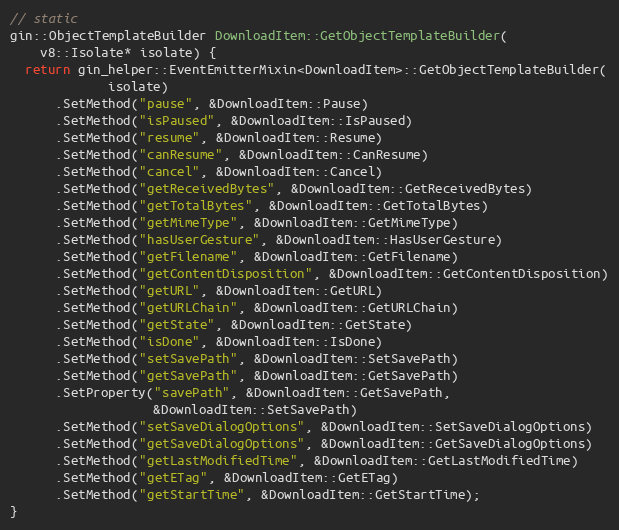
Language: C++
// static
gin::ObjectTemplateBuilder DownloadItem::GetObjectTemplateBuilder(
    v8::Isolate* isolate) {
  return gin_helper::EventEmitterMixin<DownloadItem>::GetObjectTemplateBuilder(
             isolate)
      .SetMethod("pause", &DownloadItem::Pause)
      .SetMethod("isPaused", &DownloadItem::IsPaused)
      .SetMethod("resume", &DownloadItem::Resume)
      .SetMethod("canResume", &DownloadItem::CanResume)
      .SetMethod("cancel", &DownloadItem::Cancel)
      .SetMethod("getReceivedBytes", &DownloadItem::GetReceivedBytes)
      .SetMethod("getTotalBytes", &DownloadItem::GetTotalBytes)
      .SetMethod("getMimeType", &DownloadItem::GetMimeType)
      .SetMethod("hasUserGesture", &DownloadItem::HasUserGesture)
      .SetMethod("getFilename", &DownloadItem::GetFilename)
      .SetMethod("getContentDisposition", &DownloadItem::GetContentDisposition)
      .SetMethod("getURL", &DownloadItem::GetURL)
      .SetMethod("getURLChain", &DownloadItem::GetURLChain)
      .SetMethod("getState", &DownloadItem::GetState)
      .SetMethod("isDone", &DownloadItem::IsDone)
      .SetMethod("setSavePath", &DownloadItem::SetSavePath)
      .SetMethod("getSavePath", &DownloadItem::GetSavePath)
      .SetProperty("savePath", &DownloadItem::GetSavePath,
                   &DownloadItem::SetSavePath)
      .SetMethod("setSaveDialogOptions", &DownloadItem::SetSaveDialogOptions)
      .SetMethod("getSaveDialogOptions", &DownloadItem::GetSaveDialogOptions)
      .SetMethod("getLastModifiedTime", &DownloadItem::GetLastModifiedTime)
      .SetMethod("getETag", &DownloadItem::GetETag)
      .SetMethod("getStartTime", &DownloadItem::GetStartTime);
}